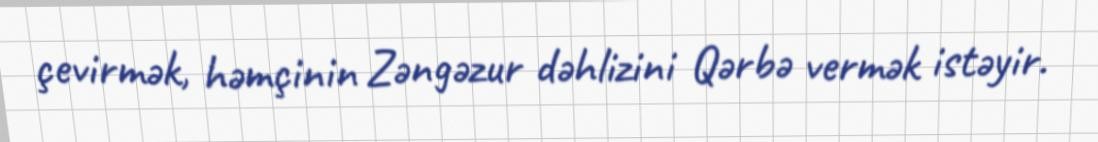
çevirmək, həmçinin Zəngəzur dəhlizini Qərbə vermək istəyir.